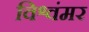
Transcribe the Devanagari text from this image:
विश्वंमर